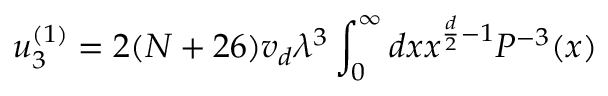
u _ { 3 } ^ { ( 1 ) } = 2 ( N + 2 6 ) v _ { d } \lambda ^ { 3 } \int _ { 0 } ^ { \infty } { d x } x ^ { \frac { d } { 2 } - 1 } P ^ { - 3 } ( x )